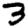
Digit: 3